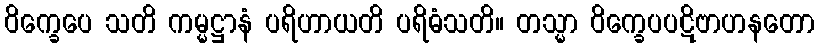
ဝိက္ခေပေ သတိ ကမ္မဋ္ဌာနံ ပရိဟာယတိ ပရိဓံသတိ။ တသ္မာ ဝိက္ခေပပဋိဗာဟနတော